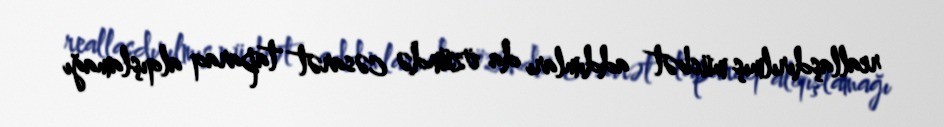
reallaşdırılmış müsbət addımları da özündə cəsarət taparaq alqışlamağı